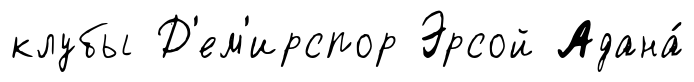
клубы Д'ем'ирспор Эрсой Адана́